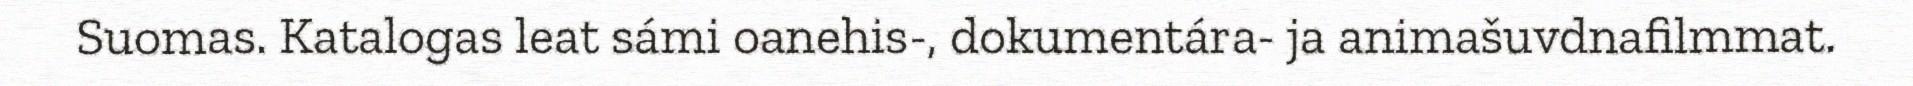
Suomas. Katalogas leat sámi oanehis-, dokumentára- ja animašuvdnafilmmat.